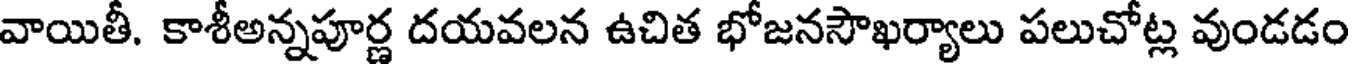
వాయితీ. కాశీఅన్నపూర్ణ దయవలన ఉచిత భోజనసౌఖర్యాలు పలుచోట్ల వుండడం